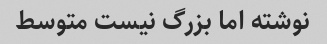
نوشته اما بزرگ نیست متوسط